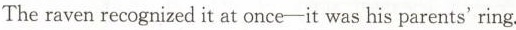
The raven recognized it at once-it was his parents' ring.